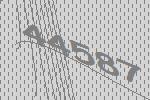
44587